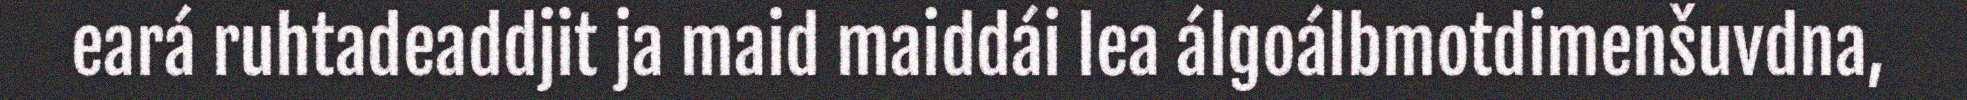
eará ruhtadeaddjit ja maid maiddái lea álgoálbmotdimenšuvdna,